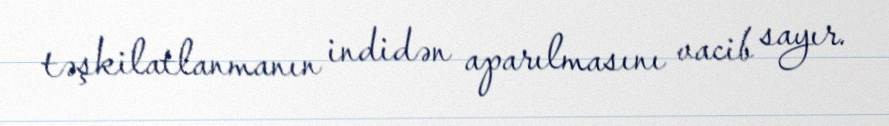
təşkilatlanmanın indidən aparılmasını vacib sayır.